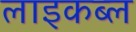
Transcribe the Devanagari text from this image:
लाइकब्ल